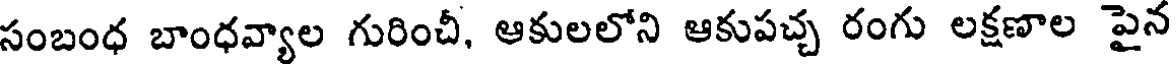
సంబంధ బాంధవ్యాల గురించీ, ఆకులలోని ఆకుపచ్చ రంగు లక్షణాల పైన